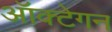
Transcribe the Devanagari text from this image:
ऑक्टेगन